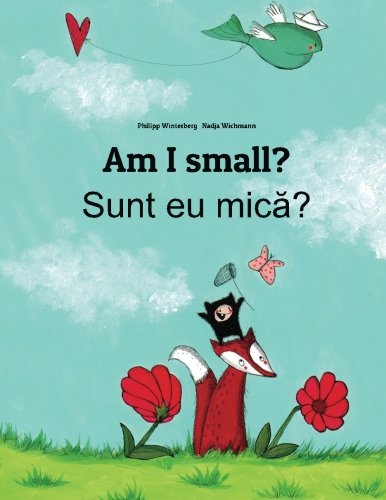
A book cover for Am I small? Sunt eu mica?: Children's Picture Book English-Romanian (Bilingual Edition); Philipp Winterberg; Children's Books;